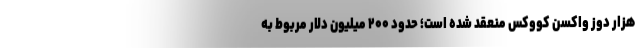
هزار دوز واکسن کووکس منعقد شده است؛ حدود ۲۰۰ میلیون دلار مربوط به